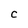
Character: C